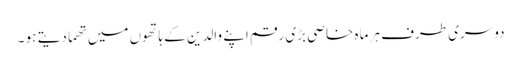
دوسری طرف ہر ماہ خاصی بڑی رقم اپنے والدین کے ہاتھوں میں تھما دیتے ہو ۔